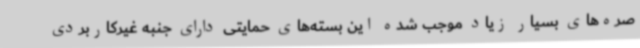
صره‌های بسیار زیاد موجب شده این بسته‌های حمایتی دارای جنبه غیرکاربردی